Report on lock hospitals in British Burma
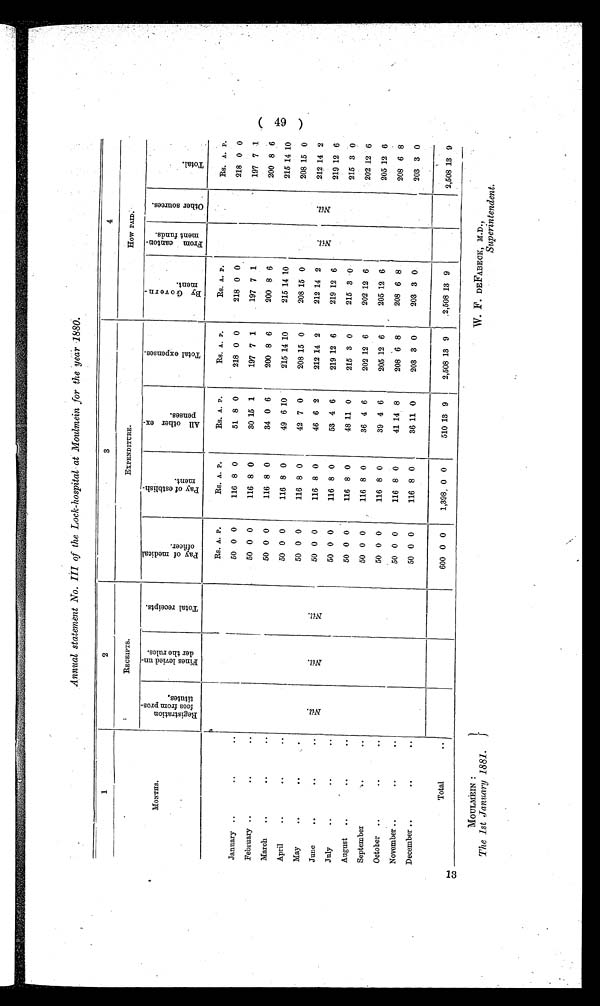
MOULMEIN :
The 1st January 1881.
W. F. DEFABECK, M.D.,
Superintendent.
Annual statement No. III of the Lock-hospital at Moulmein for the year 1880.
1
2
3
4
MONTHS.
RECEIPTS.
EXPENDITURE.
HOW PAID.
R e g i s t r a t i o n
f e e s f r o m p r o s -
t i t u t e s .
F i n e s l e v i e d u n -
d e r t h e r u l e s .
T o t a l r e c e i p t s .
P a y o f m e d i c a l
o f f i c e r .
P a y o f e s t a b l i s h -
m e n t .
A l l o t h e r e x -
p e n s e s .
T o t a l e x p e n s e s .
B y G o v e r n -
m e n t
F r o m c a n t o n -
m e n t f u n d s .
O t h e r s o u r c e s .
T o t a l .
N i l .
N i l .
N i l .
Rs. A. P.
Rs. A. P.
Rs. A. P.
Rs. A. P.
Rs. A. P.
N i l .
N i l .
Rs. A. P.
January
..
..
50 0 0
116 8 0
51 8 0
218 0 0
218 0 0
218 0 0
50 0 0
116 8 0
30 15 1
197 7 1
197 7 1
197 7 1
February
..
..
200 8 6
50 0 0
116 8 0
34 0 6
200 8 6
200 8 6
March
..
..
50 0 0
116 8 0
49 6 10
215 14 10
215 14 10
215 14 10
April
. .
. .
50 0 0
116 8 0
42 7 0
208 15 0
208 15 0
208 15 0
May
..
. .
50 0 0
116 8 0
46 6 2
212 14 2
212 14 2
212 14 2
June
..
..
July
..
..
50 0 0
116 8 0
53 4 6
219 12 6
219 12 6
219 12 6
50 0 0
116 8 0
48 11 0
215 3 0
215 3 0
215 3 0
August
..
..
202 12 6
50 0 0
116 8 0
36 4 6
202 12 6
202 12 6
September
..
..
50 0 0
116 8 0
39 4 6
205 12 6
205 12 6
205 12 6
October
..
..
50 0 0
116 8 0
41 14 8
208 6 8
208 6 8
208 6 8
November
..
..
December
..
. .
50 0 0
116 8 0
36 11 0
203 3 0
203 3 0
203 3 0
Total
..
600 0 0
1,398 0 0
510 13 9
2,508 13 9
2,508 13 9
2,508 13 9
( 49 )